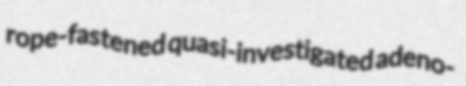
rope-fastened quasi-investigated adeno-